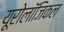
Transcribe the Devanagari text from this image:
यूरोलॉजिकल